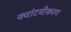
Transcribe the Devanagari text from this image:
क्वांटमीकरण